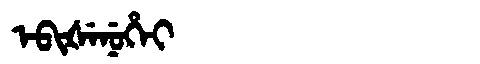
Manchu: ᡝᠪᡳᡧᡝᠨᡠᡥᡝᡳ
Romanization: EBIŠENUHEI